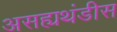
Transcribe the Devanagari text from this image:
असह्यथंडीस